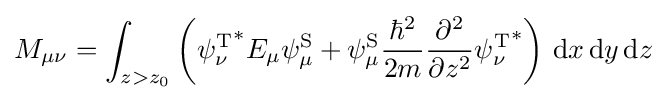
M_{\mu \nu }=\int _{z>z_{0}}\left({\psi _{\nu }^{\text{T}}}^{*}E_{\mu }\psi _{\mu }^{\text{S}}+\psi _{\mu }^{\text{S}}{\frac {\hbar ^{2}}{2m}}{\frac {\partial ^{2}}{\partial z^{2}}}{\psi _{\nu }^{\text{T}}}^{*}\right)\,\mathrm {d} x\,\mathrm {d} y\,\mathrm {d} z